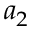
a _ { 2 }